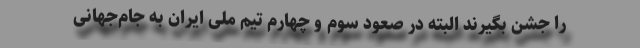
را جشن بگیرند البته در صعود سوم و چهارم تیم ملی ایران به جام‌جهانی